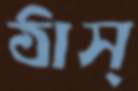
ঠাস্